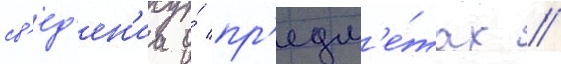
св'ед'ен'иа о́ пр'едм'е́тах /